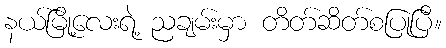
နယ်မြို့လေးရဲ့ ညချမ်းမှာ တိတ်ဆိတ်စပြုပြီ။